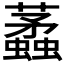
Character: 𧓿